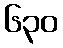
၆၃၀